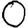
Digit: 0